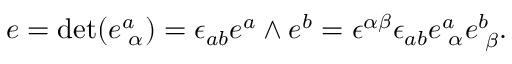
e = \mathrm { d e t } ( e _ { \, \, \alpha } ^ { a } ) = \epsilon _ { a b } e ^ { a } \wedge e ^ { b } = \epsilon ^ { \alpha \beta } \epsilon _ { a b } e _ { \, \, \alpha } ^ { a } e _ { \, \, \beta } ^ { b } .